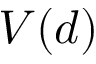
V ( d )